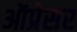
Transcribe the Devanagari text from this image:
ऑप्रेसर